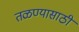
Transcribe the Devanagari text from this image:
तळण्यासाठी